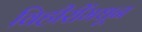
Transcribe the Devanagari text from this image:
विहीरींमधून